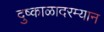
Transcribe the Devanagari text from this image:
दुष्काळादरम्यान